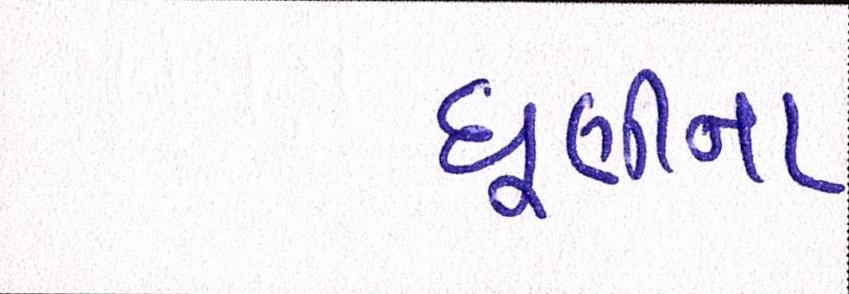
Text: ધૂણીના